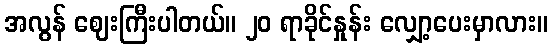
အလွန် ဈေးကြီးပါတယ်။ ၂၀ ရာခိုင်နှုန်း လျှော့ပေးမှာလား။